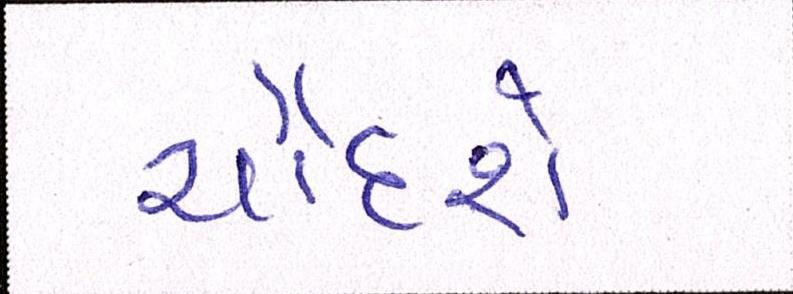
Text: ચૌદશે